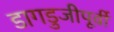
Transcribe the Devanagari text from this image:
डागडुजीपूर्वी